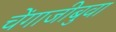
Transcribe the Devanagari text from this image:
चेंगाजीबुवा